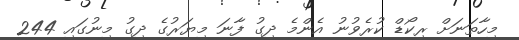
މިހާތަނަށް ރިކޯޑް ކުރެވުނު އެންމެ ދިގު ފާނަ މިޔަރުގެ ދިގު މިނުގައި 244